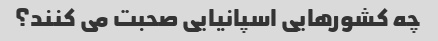
چه کشورهایی اسپانیایی صحبت می کنند؟